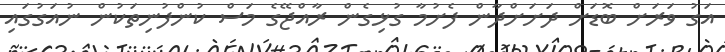
އަގު ވަރަށް ބޮޑަށް ދަށަށްދާން ފެށުމާ ގުޅިގެން ރާއްޖޭގެ މަސް ކުންފުނިތަކުން ނުއަގުގައި